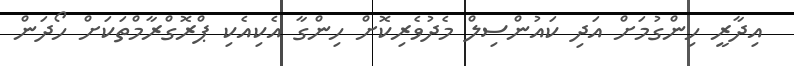
އިދާރީ ހިންގުމަށް އަދި ކައުންސިލް މެދުވެރިކޮށް ހިންގާ އެކިއެކި ޕްރޮގްރާމްތަކަށް ހޯދަން